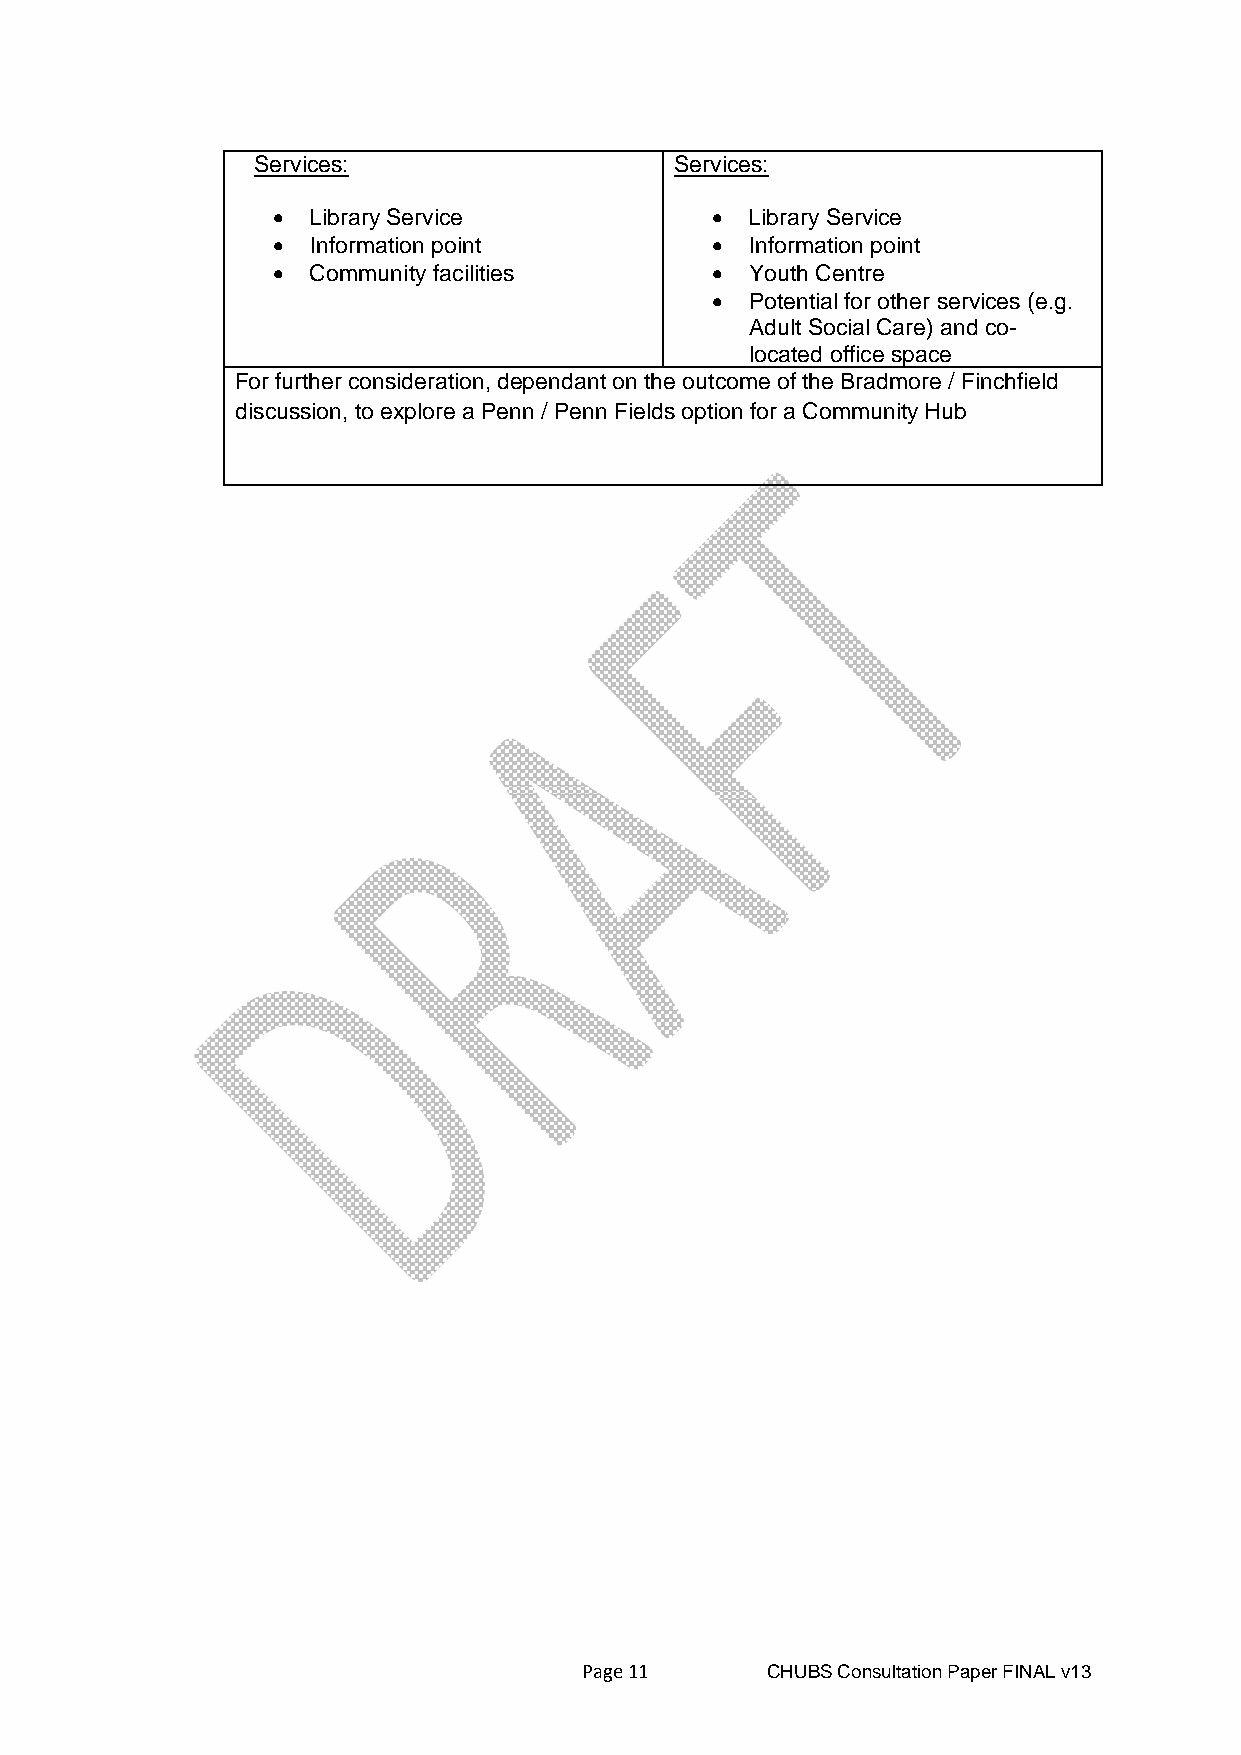
Services:                   Services:
 •  Library Service           •  Library Service
 •  Information point         •  Information point
 •  Community facilities      •  Youth Centre
 •  Potential for other services (e.g.
 Adult Social Care) and co-
 located office space
 For further consideration, dependant on the outcome of the Bradmore / Finchfield
 discussion, to explore a Penn / Penn Fields option for a Community Hub
 Page 11     CHUBS Consultation Paper FINAL v13